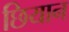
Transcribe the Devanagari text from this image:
छियान